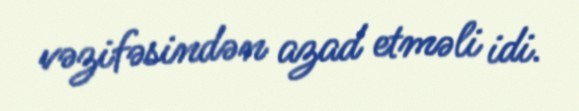
vəzifəsindən azad etməli idi.